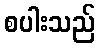
စပါးသည်